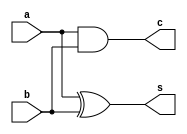
`timescale 1ns / 1ps
//////////////////////////////////////////////////////////////////////////////////
// Company: 
// Engineer: 
// 
// Design Name: 
// Module Name: half_Adder
// Project Name: 
// Target Devices: 
// Tool Versions: 
// Description: 
// 
// Dependencies: 
// 
// Revision:
// Revision 0.01 - File Created
// Additional Comments:
// 
//////////////////////////////////////////////////////////////////////////////////


module half_Adder(s,c,a,b);
output s,c;
input a,b;
assign s=a^b;
assign c=a&b;
endmodule